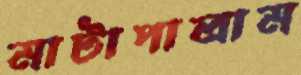
মাটাপালাম